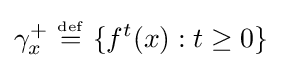
\gamma _{x}^{+}\ {\overset {\underset {\mathrm {def} }{}}{=}}\ \{f^{t}(x):t\geq 0\}